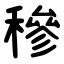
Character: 穇